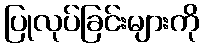
ပြုလုပ်ခြင်းများကို